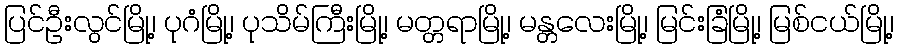
ပြင်ဦးလွင်မြို့၊ ပုဂံမြို့၊ ပုသိမ်ကြီးမြို့၊ မတ္တရာမြို့၊ မန္တလေးမြို့၊ မြင်းခြံမြို့၊ မြစ်ငယ်မြို့၊